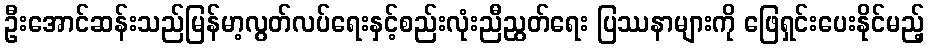
ဦးအောင်ဆန်းသည်မြန်မာ့လွတ်လပ်ရေးနှင့်စည်းလုံးညီညွတ်ရေး ပြဿနာများကို ဖြေရှင်းပေးနိုင်မည့်